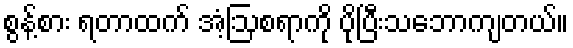
စွန့်စား ရတာထက် အံ့ဩစရာကို ပိုပြီးသဘောကျတယ်။